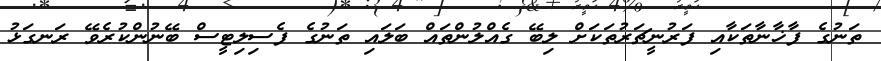
ތަނުގެ ފާޚާނާތަކާއި ފަރުނީޗަރުތަކަށް ލިބޭ ގެއްލުންތައް ބަލައި ތަނުގެ ފެސިލިޓީސް ބޭނުންކުރެވޭ ރަނގަޅު